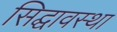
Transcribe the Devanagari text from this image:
सिद्घावस्था